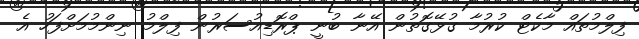
ފިލްމުތައް މާކެޓް ކުރުމާ ގުޅޭގޮތުން އޭނާ ބުނީ ޕްރޮޑިއުސަރުން ފިލްމު ނިންމުމަށްފަހު އެ